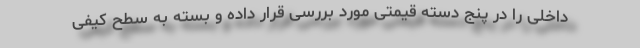
داخلی را در پنج دسته قیمتی مورد بررسی قرار داده و بسته به سطح کیفی